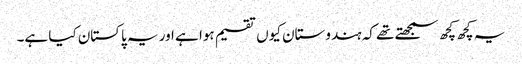
یہ کچھ کچھ سمجھتے تھے کہ ہندوستان کیوں تقسیم ہوا ہے اور یہ پاکستان کیا ہے۔